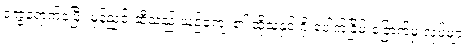
ဒုက္ခရောက်ခဲ့ပြီး မုန်ညင်းဆီသည် ယဉ်ကျေး၏ ထိုသူနှင့် ဂိုးပေါက်ခြိမ်းခြောက်မှု လုပ်များ